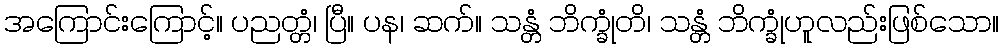
အကြောင်းကြောင့်။ ပညတ္တံ၊ ပြီ။ ပန၊ ဆက်။ သန္တံ ဘိက္ခုံတိ၊ သန္တံ ဘိက္ခုံဟူလည်းဖြစ်သော။